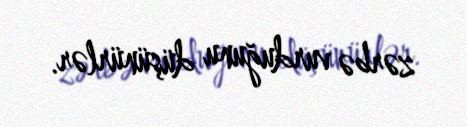
zərbə vurduğunu düşünürlər.